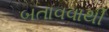
બતાવવાથી